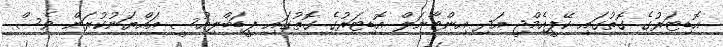
އޮޑިޓަރުގެ ގޮތުގައި ކޭޕީއެމްޖީ އަދި އިންޓާނަލް އޮޑިޓަރުގެ ގޮތުގައި ޕީޑަބްލިއުސީ އައްޔަނުކުރަން ވެސް